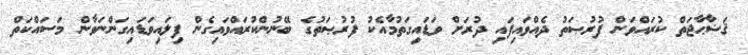
ޤަޟާޙާޖަތް ކުރައްވަން ފުރުޞަތު ދެއްވައިފައި ދުރަށް ވަޑައިގަތުމާއެކު ފުރުޞަތުގެ ބޭނުންކުރައްވައިގެން ފިލައިވަޑައިގަންނަވާން މަސައްކަތް